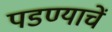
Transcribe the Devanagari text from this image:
पडण्याचें